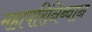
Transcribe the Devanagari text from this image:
महापरिनिब्वान